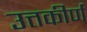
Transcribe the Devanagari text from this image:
उत्तकीर्ण